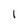
Character: I